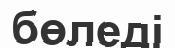
бөледі